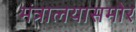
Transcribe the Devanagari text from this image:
मंत्रालयासमोर